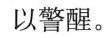
以警醒。